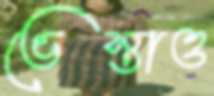
ভেস্তাও